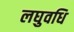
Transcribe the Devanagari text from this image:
लघुवधि